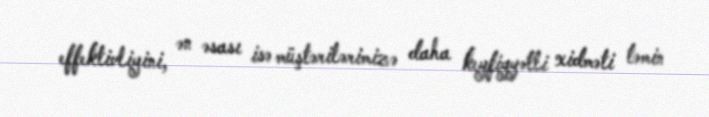
effektivliyini, ən əsası isə müştərilərimizə daha keyfiyyətli xidməti təmin